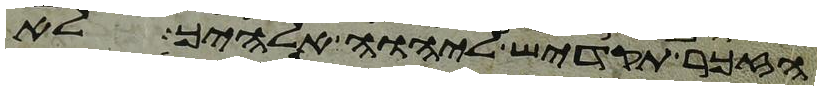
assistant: הזכר תקדיש ליהוה אלהיך לא